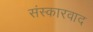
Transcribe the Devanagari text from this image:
संस्कारवाद